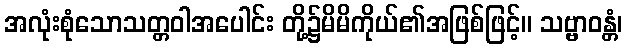
အလုံးစုံသောသတ္တဝါအပေါင်း တို့၌မိမိကိုယ်၏အဖြစ်ဖြင့်။ သဗ္ဗာဝန္တံ၊